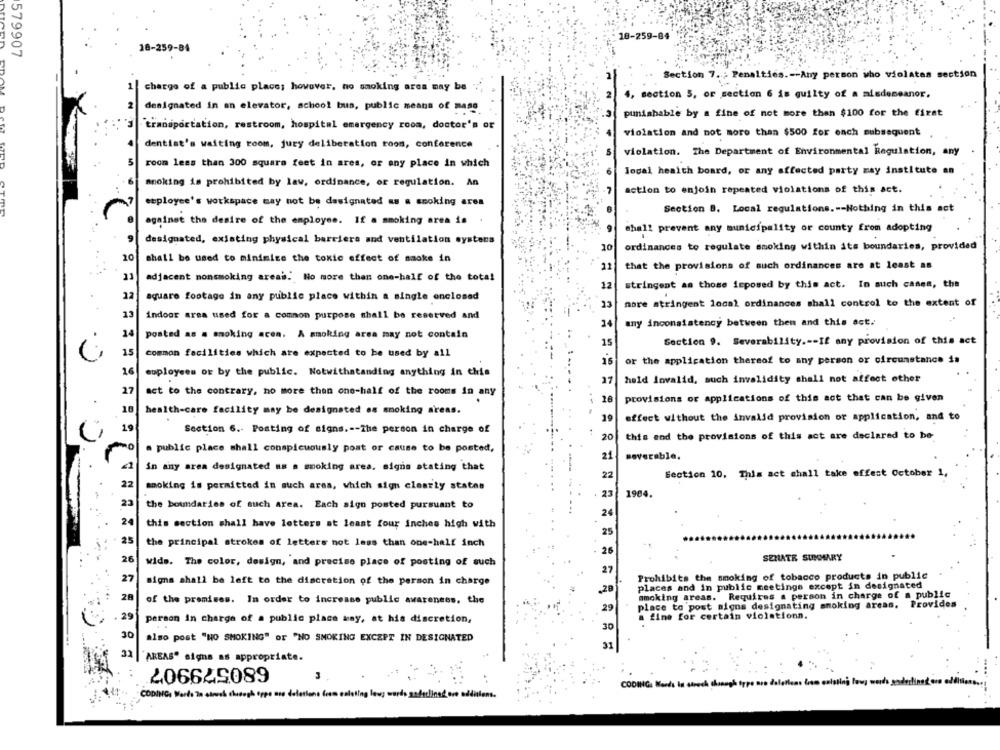
18-259-84
579907
18-259-84
Section 7 .; Penalties .-- Any person who violates section
charge of a public place; however, no smoking area may be
2
., section 5, or section 6 is guilty of a misdemeanor.
designated in an elevator, school bus, public means of mass
punishable by a fine of not more than $100 for the first
transportation, restroom, hospital emergency room, doctor's or
violation and not more than $500 for each subsequent
dentist's waiting room, jury deliberation room, conference
violation. The Department of Environmental Regulation, any
3
room less than 300 square feet in ares, or any place in which
local heaith board, or any affected party may institute an
smoking is prohibited by law, ordinance, or regulation. An
7
action to enjoin repeated violations of this act.
employee's workspace may not be designated as a smoking area
Section B. Local regulations .-- Nothing in this act
against the desire of the employee. If a smoking area is
shall prevent any municipality or county from adopting
designated, existing physical barriera and ventilation systers
10
ordinances to regulate smoking within its boundaries, provided
20
shall be used to minimize the toxic effect of smoke in
12
that the provisions of such ordinances are at least an
adjacent nonsmoking areas. No more than one-half of the total
12
stringent as those imposed by this act. In such cases, the
12
square footage in any public place within a single enclosed
23
more stringent local ordinances shall control to the extent of
13
indoor area used for a common purpose shall be reserved and
any inconsistency between them and this act.
24
14
posted as a smoking acom. A smoking area may not contain
.
15
Section 9. Severability .-- If any provision of this act
15
common facilities which are expected to be used by all
15
or the application thereof to any person or circumstance is
16
employees or by the public. Notwithstanding anything in this
27
hold lovalid, such invalidity shall not affect other
27
act to the contrary, no more than one-half of the rooms in any
28
provisions or applications of this act that can be given
18
health-care facility may be designated os smoking areas.
19
effect without the invalid provision or application, and to
19
Section 6 .- Posting of signs .-- The person in charge of
20
this and the provisions of this act are declared to be
a public place shall conspicuously post or cause to be posted,
21
soverable,
in any area designated as a smoking area, signs stating that
Section 10, This act shall take offest October 1,
22
22
smoking is permitted in such ares, which sign clearty states
23
1904.
23
the boundaries of such area. Each sign posted pursuant to
24
24
this section shall have letters at least four inches high with
25
25
the principal strokes of letters not less than one-half inch
26
26
wids. The color, design, and precise place of posting of such
SENATE SUMMARY
27
Prohibits the smoking of tobacco products in public
signs shall be left to the discretion of the person in charge
places and in public meetings except in designated
28
of the premises. In order to increase public awareness, the
smoking areas. Requires a person in charge of a public
29
place to post signs designating smoking areas. Provides
29
a fine for certain violationn.
person in charge of a public place any, at his discretion,
. .
30
30
also post "NO SMOKING" OF "NO SMOKING EXCEPT IN DESIGNATED
31
32
AREAS" signs as appropriate.
680579907
CODMIG Ments is strach thenaph type are delathens les colsting low worth pendestined ors additions.
ling lewy words
Halina